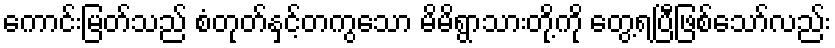
ကောင်းမြတ်သည် စံတုတ်နှင့်တကွသော မိမိရွာသားတို့ကို တွေ့ရပြီဖြစ်သော်လည်း